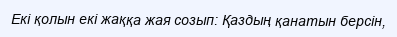
Екi қолын екi жаққа жая созып: Қаздың қанатын берсiн,